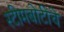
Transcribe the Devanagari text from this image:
स्टीमबोटींचे